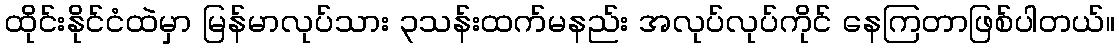
ထိုင်းနိုင်ငံထဲမှာ မြန်မာလုပ်သား ၃သန်းထက်မနည်း အလုပ်လုပ်ကိုင် နေကြတာဖြစ်ပါတယ်။